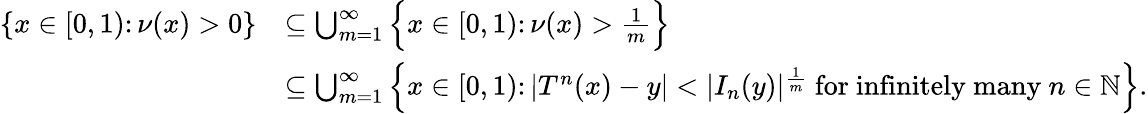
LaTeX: \begin{array}{rl}{\{ x\in[0,1)\colon\nu(x)>0\} }&{\subseteq\bigcup_{m=1}^{\infty}\Big\{ x\in[0,1)\colon\nu(x)>\frac{1}{m}\Big\} }\\ &{\subseteq\bigcup_{m=1}^{\infty}\Big\{ x\in[0,1)\colon|T^{n}(x)-y|<|I_{n}(y)|^{\frac{1}{m}}\mathrm{~for~infinitely~many~}n\in\mathbb{N}\Big\} .}\end{array}